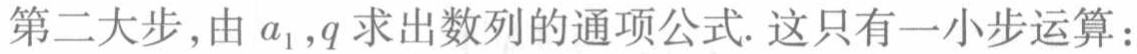
第二大步，由\(a_{1},q\)求出数列的通项公式. 这只有一小步运算：